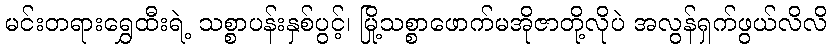
မင်းတရားရွှေထီးရဲ့ သစ္စာပန်းနှစ်ပွင့်၊ မြို့သစ္စာဖောက်မအိုဇာတို့လိုပဲ အလွန်ရှက်ဖွယ်လိလိ